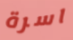
اسرة